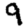
Digit: 9